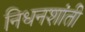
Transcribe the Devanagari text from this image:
निधनशांती